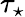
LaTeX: \tau_{\star}